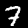
Label: 7